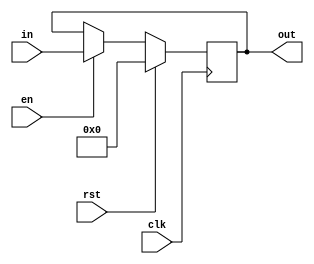
`timescale 1ns / 1ps
//////////////////////////////////////////////////////////////////////////////////
// Company: 
// Engineer: 
// 
// Design Name: 
// Module Name: PC_Register
// Project Name: 
// Target Devices: 
// Tool Versions: 
// Description: 
// 
// Dependencies: 
// 
// Revision:
// Revision 0.01 - File Created
// Additional Comments:
// 
//////////////////////////////////////////////////////////////////////////////////


module PC_Register(clk, rst, en, in, out);
    parameter WIDTH = 32;
    input clk, rst, en;
    input [WIDTH-1:0] in;
    output reg [WIDTH-1:0] out;
    initial begin
        out = 0;
    end
    
    always @(posedge clk) begin
      if (rst) out <= 0;
      else if (en) out <= in;
    end    

endmodule